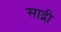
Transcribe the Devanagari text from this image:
साद्री